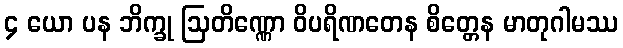
၄ ယော ပန ဘိက္ခု ဩတိဏ္ဏော ဝိပရိဏတေန စိတ္တေန မာတုဂါမဿ